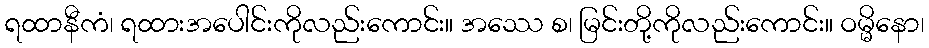
ရထာနီကံ၊ ရထားအပေါင်းကိုလည်းကောင်း။ အဿေ စ၊ မြင်းတို့ကိုလည်းကောင်း။ ဝမ္မိနော၊